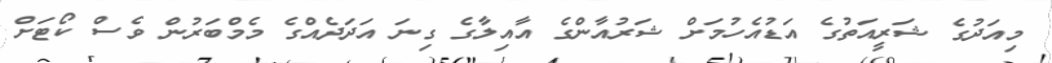
މިއަދުގެ ޝަރީއަތުގެ އަޑުއެހުމަށް ޝަރުއާންގެ އާއިލާގެ ގިނަ އަދަދެއްގެ މެމްބަރުން ވެސް ކޯޓަށް